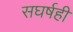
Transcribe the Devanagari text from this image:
सघर्षही